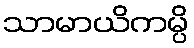
သာမာယိကမ္ပိ